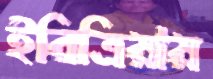
ইরিত্রিয়ায়